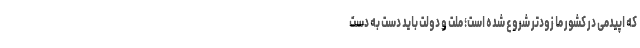
که اپیدمی در کشور ما زودتر شروع شده است؛ ملت و دولت باید دست به دست